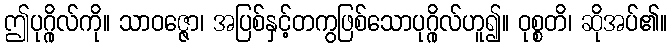
ဤပုဂ္ဂိုလ်ကို။ သာဝဇ္ဇော၊ အပြစ်နှင့်တကွဖြစ်သောပုဂ္ဂိုလ်ဟူ၍။ ဝုစ္စတိ၊ ဆိုအပ်၏။